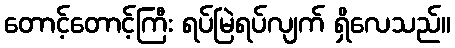
တောင့်တောင့်ကြီး ရပ်မြဲရပ်လျက် ရှိလေသည်။